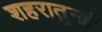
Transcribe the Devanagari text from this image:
शहरातुनही